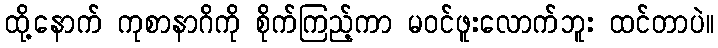
ထို့နောက် ကုစာနာဂိကို စိုက်ကြည့်ကာ မဝင်ဖူးလောက်ဘူး ထင်တာပဲ။